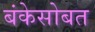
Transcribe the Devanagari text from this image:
बंकेसोबत